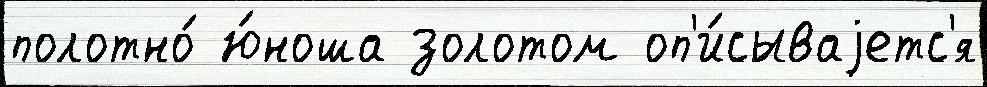
полотно́ ю́ноша золотом оп'и́сываjетс'я